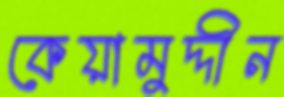
কেয়ামুদ্দীন